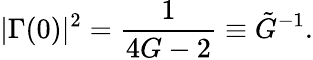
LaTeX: |\Gamma(0)|^{2}=\frac{1}{4G-2}\equiv\tilde{G}^{-1}.